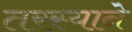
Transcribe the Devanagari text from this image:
तरस्याने